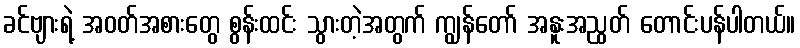
ခင်ဗျားရဲ့ အဝတ်အစားတွေ စွန်းထင်း သွားတဲ့အတွက် ကျွန်တော် အနူးအညွတ် တောင်းပန်ပါတယ်။